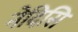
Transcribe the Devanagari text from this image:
नेदिसि